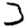
Digit: 3